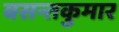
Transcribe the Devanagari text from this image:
बसन्तकुमार